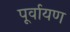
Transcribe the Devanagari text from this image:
पूर्वायण